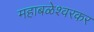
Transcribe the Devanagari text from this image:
महाबळेश्वरकर